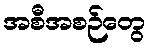
အစီအစဉ်တွေ